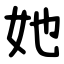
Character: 她